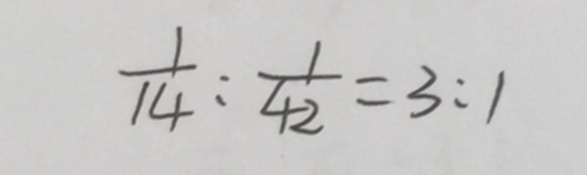
\frac { 1 } { 1 4 } : \frac { 1 } { 4 2 } = 3 : 1